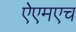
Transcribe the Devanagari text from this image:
ऐएमएच